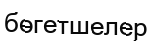
бөгетшелер